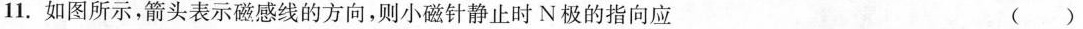
11.如图所示，箭头表示磁感线的方向，则小磁针静止时N极的指向应 ()